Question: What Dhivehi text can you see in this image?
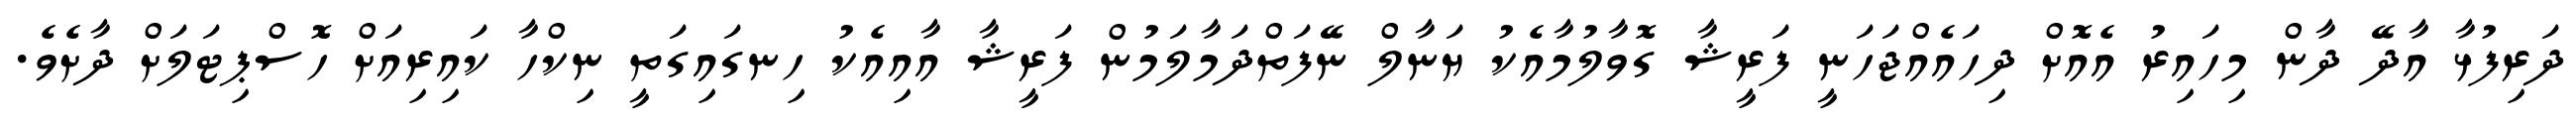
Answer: ދަރިފުޅާ އާދޭ ދާން މިހައިރު އެއޮށް ދިހައެއްޖަހަނީ ފަރީޝާ ގޮވާލުމާއެކު ޔަނާލް ނޭފަތްދަމާލަމުން ފަރީޝާ އާއިއެކު ހިނގައިގަތީ ނިކްހާ ކައިރިއަށް ހޮސްޕިޓަލަށް ދާށެވެ.